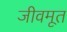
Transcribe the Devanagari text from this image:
जीवमूत